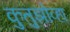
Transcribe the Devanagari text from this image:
कुतुझोव्हा